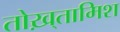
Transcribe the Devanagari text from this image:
तोख़्तामिश